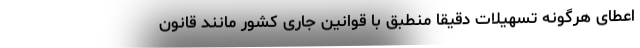
اعطای هرگونه تسهیلات دقیقاً منطبق با قوانین جاری کشور مانند قانون